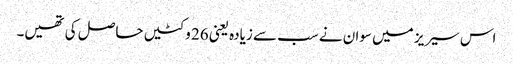
اس سیریز میں سوان نے سب سے زیادہ یعنی 26 وکٹیں حاصل کی تھیں۔